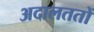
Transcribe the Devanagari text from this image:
अदालततों